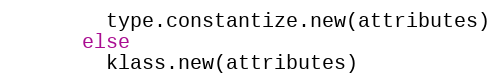
Language: Ruby
        type.constantize.new(attributes)
      else
        klass.new(attributes)